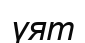
үят